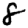
Digit: 8